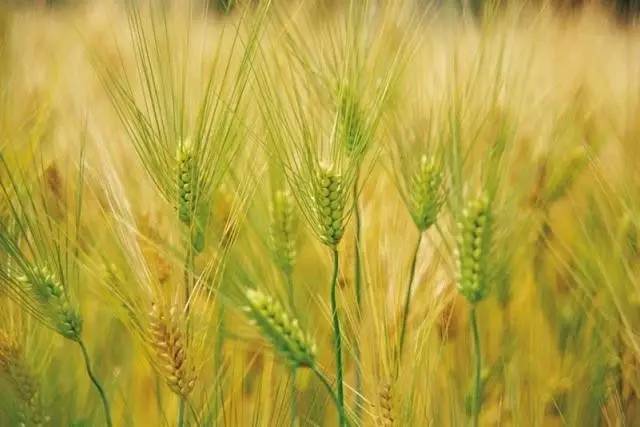
四月南风大麦黄，枣花未落桐叶长。